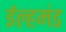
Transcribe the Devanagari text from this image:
ईल्हमंड